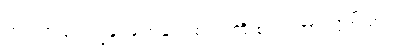
တဘက်ဖြင့် ကျွန်ုပ်မျက်နှာတစ်ဝက်ကို စည်း ထားလိုက်သည်။